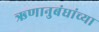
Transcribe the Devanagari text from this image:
ऋणानुबंधांच्या